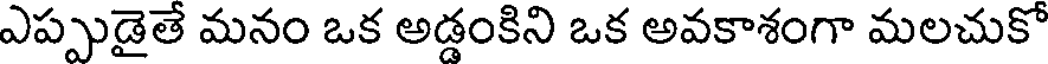
ఎప్పుడైతే మనం ఒక అడ్డంకిని ఒక అవకాశంగా మలచుకో